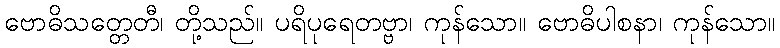
ဗောဓိသတ္တေတီ၊ တို့သည်။ ပရိပုရေတဗ္ဗာ၊ ကုန်သော။ ဗောဓိပါစနာ၊ ကုန်သော။